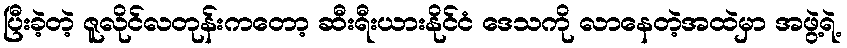
ပြီးခဲ့တဲ့ ဇူလိုင်လတုန်းကတော့ ဆီးရီးယားနိုင်ငံ ဒေသကို လာနေတဲ့အထဲမှာ အဖွဲ့ရဲ့